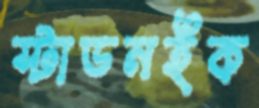
স্টাডনইক